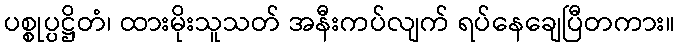
ပစ္စုပ္ပဋ္ဌိတံ၊ ထားမိုးသူသတ် အနီးကပ်လျက် ရပ်နေချေပြီတကား။